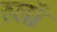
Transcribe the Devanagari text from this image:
रुलों